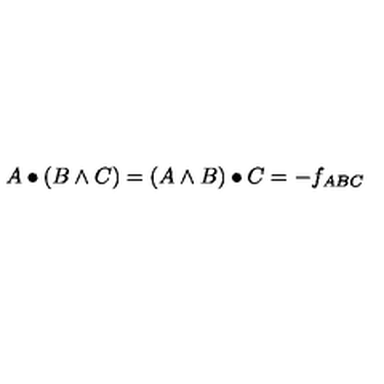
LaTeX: A \bullet ( B \wedge C ) = ( A \wedge B ) \bullet C = - f _ { A B C }